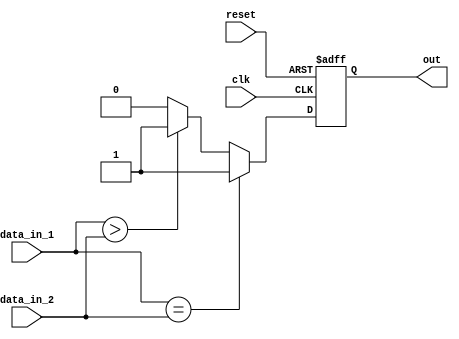
module Serial_Comparator(
    input wire clk,
    input wire reset,
    input wire [7:0] data_in_1,
    input wire [7:0] data_in_2,
    output reg out
);

always @(posedge clk or posedge reset) begin
    if (reset) begin
        out <= 0;
    end else begin
        if (data_in_1 == data_in_2) begin
            out <= 1; // Outputs 1 when data_in_1 equals data_in_2
        end else if (data_in_1 > data_in_2) begin
            out <= 1; // Outputs 1 when data_in_1 is greater than data_in_2
        end else begin
            out <= 0; // Outputs 0 when data_in_1 is less than data_in_2
        end
    end
end

endmodule